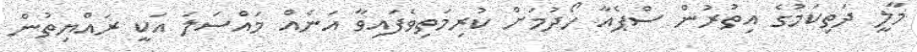
މާލީ ދަތިކަމުގެ އިތުރުން ސްޕެއާ ހޯދުމަށް ކުރިމަތިވެފައިވާ އަނެއް މައްސަލަ އަކީ ރައްޔިތުން